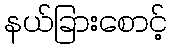
နယ်ခြားစောင့်